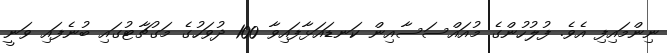
ނިންމައިފި އެވެ. ފުލުހުންގެ މުއައްސަސާއިން ކަނޑައަޅާފައިވާ 100 ދުވަހުގެ މަގުޗާޓުގައި ބުނެފައި ވަނީ